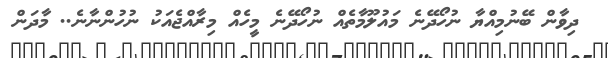
ދިވާން ބޭނުމިއްޔާ ނުހޯދޭނެ މައުލޫމާތެއް ނުހޯދޭނެ މީހެއް މިރާއްޖެއަކު ނުހުންނާނެ.. މާދަން